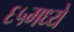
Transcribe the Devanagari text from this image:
६५मध्ये